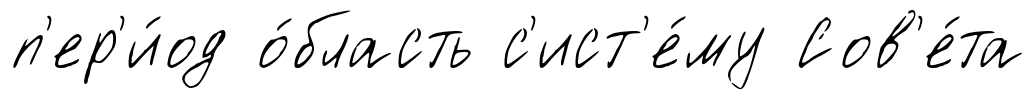
п'ер'и́од о́бласть с'ист'е́му Сов'е́та